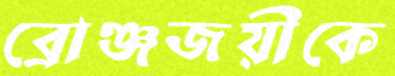
ব্রোঞ্জজয়ীকে